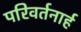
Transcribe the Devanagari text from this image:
परिवर्तनार्ह